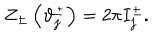
Z _ { \pm } \left( \vartheta _ { j } ^ { \pm } \right) = 2 \pi I _ { j } ^ { \pm } .